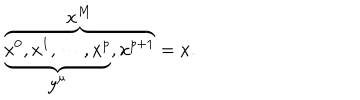
\overbrace { \underbrace { x ^ { 0 } , x ^ { 1 } , \cdots , x ^ { p } } _ { \displaystyle { y ^ { \mu } } } , x ^ { p + 1 } } ^ { \displaystyle { x ^ { M } } } = x .